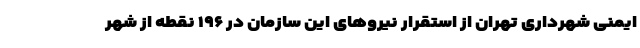
ایمنی شهرداری تهران از استقرار نیروهای این سازمان در ۱۹۶ نقطه از شهر